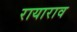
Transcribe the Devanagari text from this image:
रायाराव